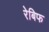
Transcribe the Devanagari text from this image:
रेबिफ